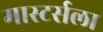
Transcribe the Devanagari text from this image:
मास्टर्सला